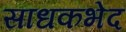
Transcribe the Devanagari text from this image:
साधकभेद